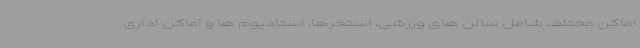
اماکن مختلف شامل سالن های ورزشی، استخرها، استادیوم ها و اماکن اداری